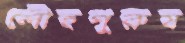
লৌহপুরুষ